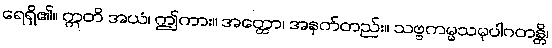
ရေရှိ၏။ ဣတိ အယံ၊ ဤကား။ အတ္ထော၊ အနက်တည်း။ သဗ္ဗကမ္မသမုပါဂတန္တိ၊